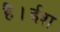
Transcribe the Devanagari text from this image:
है।ईश